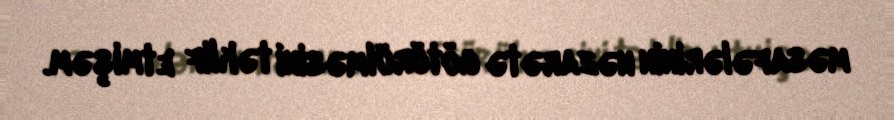
məsafələrinin nəzarətə götürülməsini təklif etmişəm.